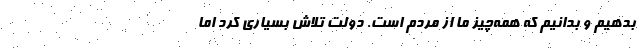
بدهيم و بدانيم كه همه‌چيز ما از مردم است. دولت تلاش بسياري كرد اما